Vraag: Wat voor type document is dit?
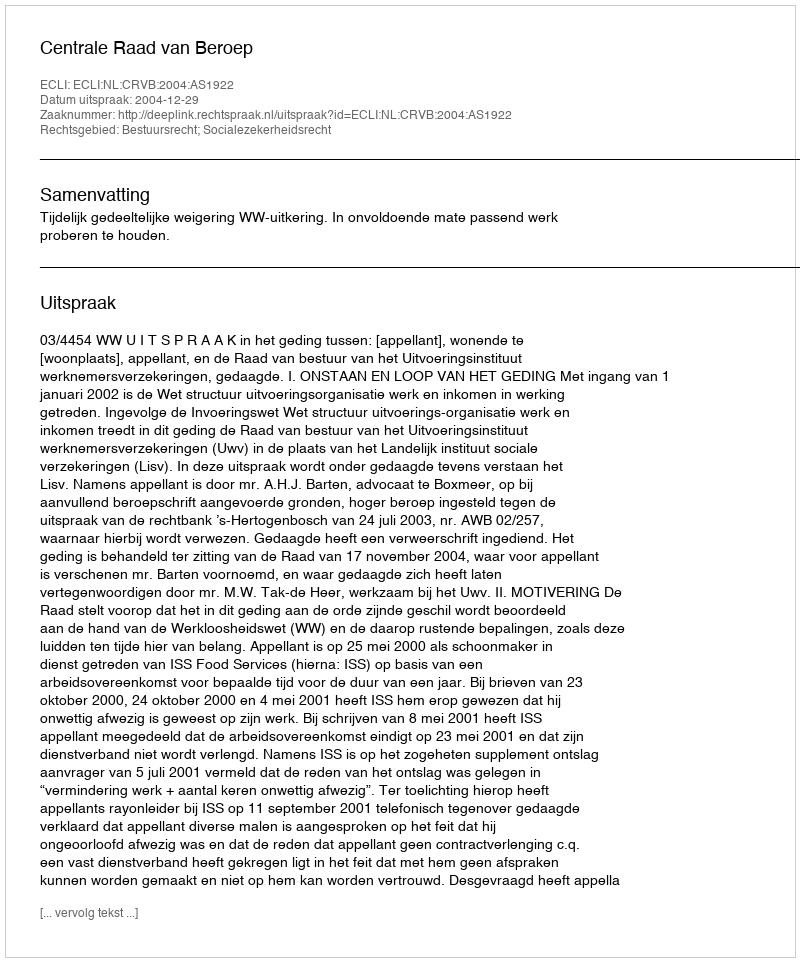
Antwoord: Uitspraak